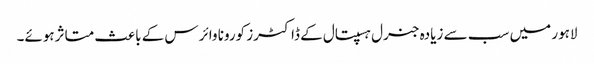
لاہور میں سب سے زیادہ جنرل ہسپتال کے ڈاکٹرز کورونا وائرس کے باعث متاثرہوئے۔